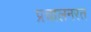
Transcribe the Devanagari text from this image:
प्रचालनरत